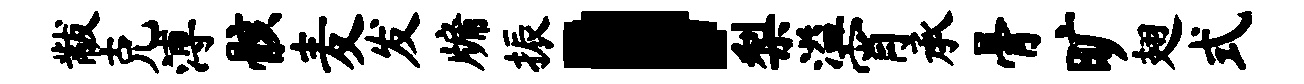
黻克溥骸麦发牖振，梨溢宵承骨旷翅式